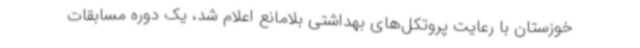
خوزستان با رعایت پروتکل‌های بهداشتی بلامانع اعلام شد، یک دوره مسابقات